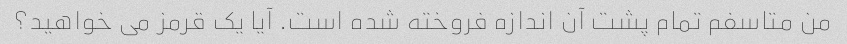
من متاسفم تمام پشت آن اندازه فروخته شده است. آیا یک قرمز می خواهید؟